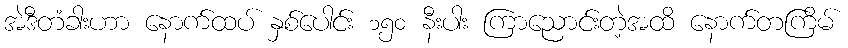
အဲဒီတံခါးဟာ နောက်ထပ် နှစ်ပေါင်း ၁၅၀ နီးပါး ကြာညောင်းတဲ့အထိ နောက်တကြိမ်